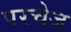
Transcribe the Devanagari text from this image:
परचेज़